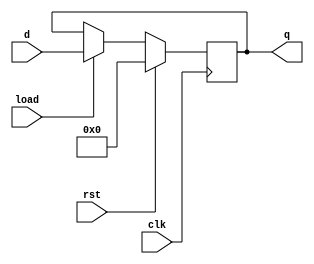
`timescale 1ns / 1ps
//////////////////////////////////////////////////////////////////////////////////
// Company: 
// Engineer: 
// 
// Design Name: 
// Module Name: register
// Project Name: 
// Target Devices: 
// Tool Versions: 
// Description: 
// 
// Dependencies: 
// 
// Revision:
// Revision 0.01 - File Created
// Additional Comments:
// 
//////////////////////////////////////////////////////////////////////////////////


module register(clk, rst, load, d, q);
  parameter WIDTH = 8;
  input clk, rst, load;
  input [WIDTH-1:0] d;
  output reg [WIDTH-1:0] q;

  always @(posedge clk) begin
    if (rst) q <=0;
    else if (load) q <= d;
  end    
endmodule